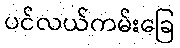
ပင်လယ်ကမ်းခြေ